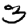
Digit: 3